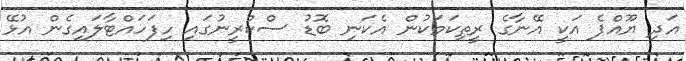
އަދި ޔޫއްޕެ އަކީ އޭނާގެ ރީތިކަމަކުން އެކަނި ބޮޑު ސްކްރީނުގައި ހިފަހައްޓާލައިގެން އުޅޭ